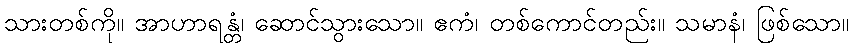
သားတစ်ကို။ အာဟာရန္တံ၊ ဆောင်သွားသော။ ဧကံ၊ တစ်ကောင်တည်း။ သမာနံ၊ ဖြစ်သော။